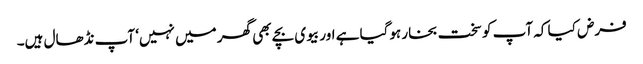
فرض کیا کہ آپ کو سخت بخار ہوگیا ہے اور بیوی بچے بھی گھر میں نہیں‘ آپ نڈھال ہیں۔